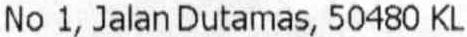
NO 1, JALAN DUTAMAS, 50480 KL